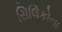
સિલિકોના